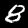
Digit: 8